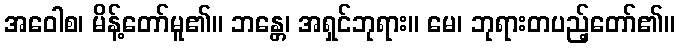
အဝေါစ၊ မိန့်တော်မူ၏။ ဘန္တေ၊ အရှင်ဘုရား။ မေ၊ ဘုရားတပည့်တော်၏။